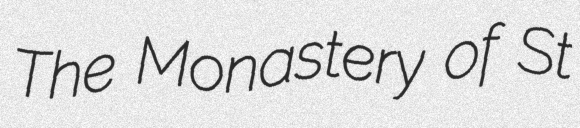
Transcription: The Monastery of St